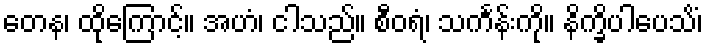
တေန၊ ထိုကြောင့်။ အဟံ၊ ငါသည်။ စီဝရံ၊ သင်္ကန်းကို။ နိက္ခိပါပေသိံ၊